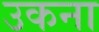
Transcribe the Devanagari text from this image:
उकना